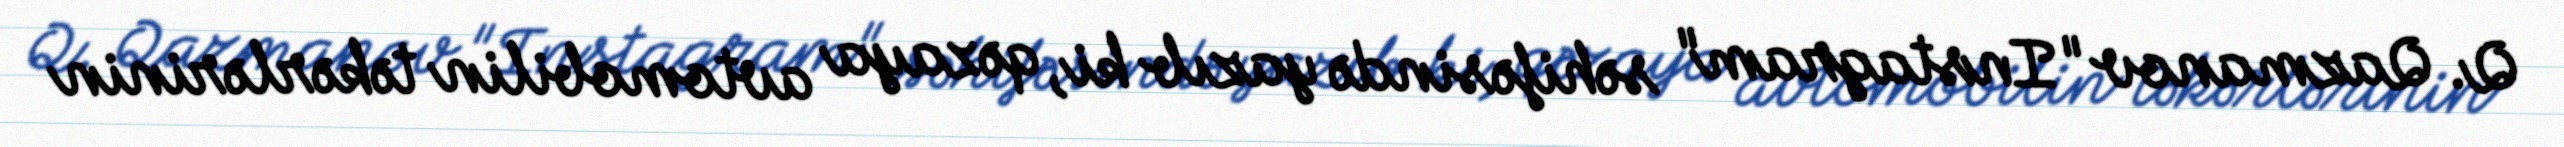
Q. Qazmanov "Instagram" səhifəsində yazıb ki, qəzaya avtomobilin təkərlərinin